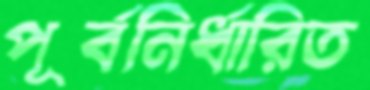
পূর্বনির্ধারিত